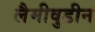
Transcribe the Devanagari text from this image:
लैमीवुडीन